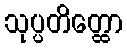
သုပ္ပတိတ္ထော